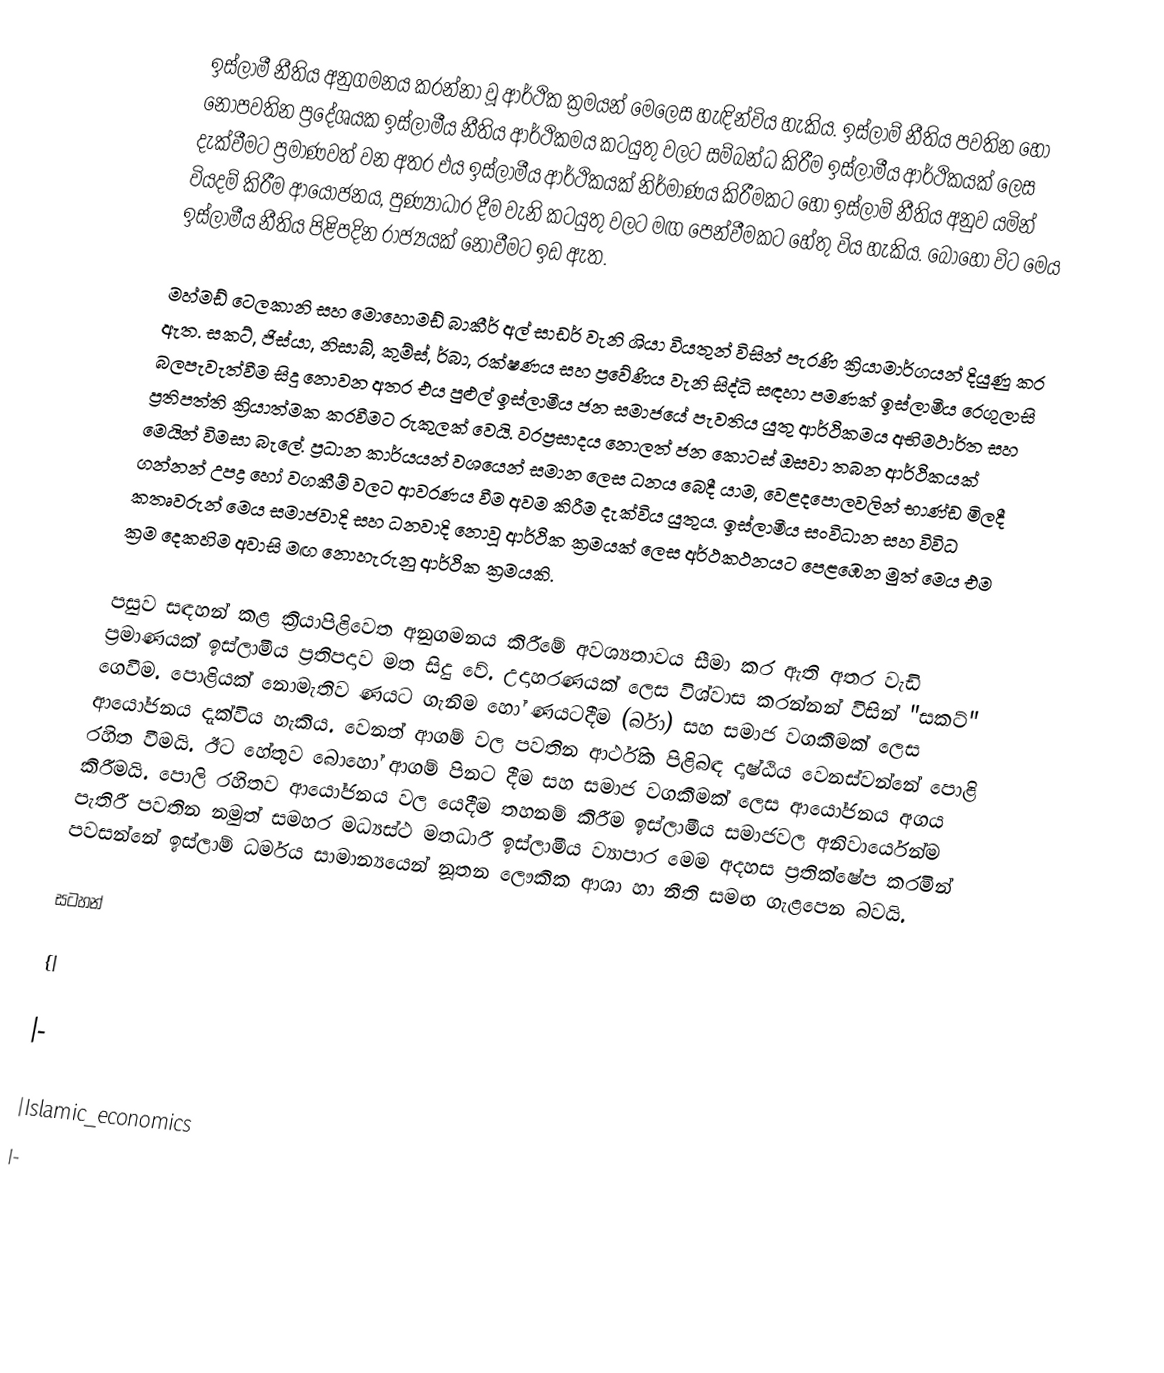
ඉස්ලාමී නීතිය අනුගමනය කරන්නා වූ ආර්ථික ක්‍රමයන් මෙලෙස හැඳින්විය හැකිය. ඉස්ලාම් නීතිය පවතින හෝ නොපවතින ප්‍රදේශයක ඉස්ලාමීය නීතිය ආර්ථිකමය කටයුතු වලට සම්බන්ධ කිරීම ඉස්ලාමීය ආර්ථිකයක් ලෙස දැක්වීමට ප්‍රමාණවත් වන අතර එය ඉස්ලාමීය ආර්ථිකයක් නිර්මාණය කිරීමකට හෝ ඉස්ලාම් නීතිය අනුව යමින් වියදම් කිරීම ආයෝජනය, පුණ්‍යාධාර දීම වැනි කටයුතු වලට මඟ පෙන්වීමකට  හේතු විය හැකිය. බොහෝ විට මෙය ඉස්ලාමීය නීතිය පිළිපදින රාජ්‍යයක් නොවීමට ඉඩ ඇත.

මහ්මඩ් ටෙලකානි සහ මොහොමඩ් බාකීර් අල් සාඩර් වැනි ශියා වියතුන් විසින් පැරණි ක්‍රියාමාර්ගයන් දියුණු කර ඇත. සකට්, ජිස්යා, නිසාබ්, කුම්ස්, ර්බා, රක්ෂණය සහ ප්‍රවේණිය වැනි සිද්ධි සඳහා පමණක් ඉස්ලාමීය රෙගුලාසි බලපැවැත්වීම සිදු නොවන අතර එය පුළුල් ඉස්ලාමීය ජන සමාජයේ පැවතිය යුතු ආර්ථිකමය අභිමථාර්ත සහ ප්‍රතිපත්ති ක්‍රියාත්මක කරවීමට රුකුලක් වෙයි. වරප්‍රසාදය නොලත් ජන කොටස් ඔසවා තබන ආර්ථිකයක් මෙයින් විමසා බැලේ. ප්‍රධාන කාර්යයන් වශයෙන් සමාන ලෙස ධනය බෙදී යාම, වෙළදපොලවලින් භාණ්ඩ මිලදී ගන්නන් උපද්‍ර හෝ වගකීම් වලට ආවරණය වීම අවම කිරීම දැක්විය යුතුය. ඉස්ලාමීය සංවිධාන සහ විවිධ කතෘවරුන් මෙය සමාජවාදි සහ ධනවාදි නොවූ ආර්ථික ක්‍රමයක් ලෙස අර්ථකථනයට පෙළඹෙන මුත් මෙය එම ක්‍රම දෙකහිම අවාසි මඟ නොහැරුනු ආර්ථික ක්‍රමයකි.

පසුව සඳහන් කළ ක්‍රියාපිළිවෙත අනුගමනය කිරීමේ අවශ්‍යතාවය සීමා කර ඇති අතර වැඩි ප්‍රමාණ‍යක් ඉස්ලාමීය ප්‍රතිපදාව මත සිදු වේ. උදාහරණයක් ලෙස විශ්වාස කරන්නන් විසින් "සකට්" ගෙවීම. පොළියක් නොමැතිව ණයට ගැනිම හෝ ණයට‍දීම (ර්බා) සහ සමාජ වගකීමක් ලෙස ආයෝජනය දැක්විය හැකිය. වෙනත් ආගම් වල පවතින ආර්ථික පිළිබඳ දෘෂ්ඨිය වෙනස්වන්නේ පොළි රහිත වීමයි. ඊට හේතුව බොහෝ ආගම් පිනට දීම සහ සමාජ වගකීමක් ලෙස ආයෝජනය අගය කිරීමයි. පොලි රහිතව ආයෝජනය වල යෙදීම තහනම් කිරීම ඉස්ලාමීය සමාජවල අනිවාර්යෙන්ම පැතිරී පවතින නමුත් සමහර මධ්‍යස්ථ මතධාරී ඉස්ලාමීය ව්‍යාපාර මෙම අදහස ප්‍රතික්ෂේප කරමින් පවසන්නේ ඉස්ලාම් ධර්මය සාමාන්‍යයෙන් නූතන ලෞකික ආශා හා නීති සමඟ ගැළපෙන බවයි.

සටහන්

{|

|-

|Islamic_economics
|-